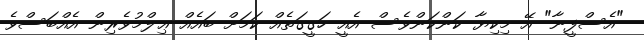
"އެސްފީނާ" އޭ މިކިޔާ ކަންކަންވެސް އެއީ ހަގީގަތެއް ކަމަށް ބައެއް ޢިލްމުވެރިން އެއްބަސްވެ